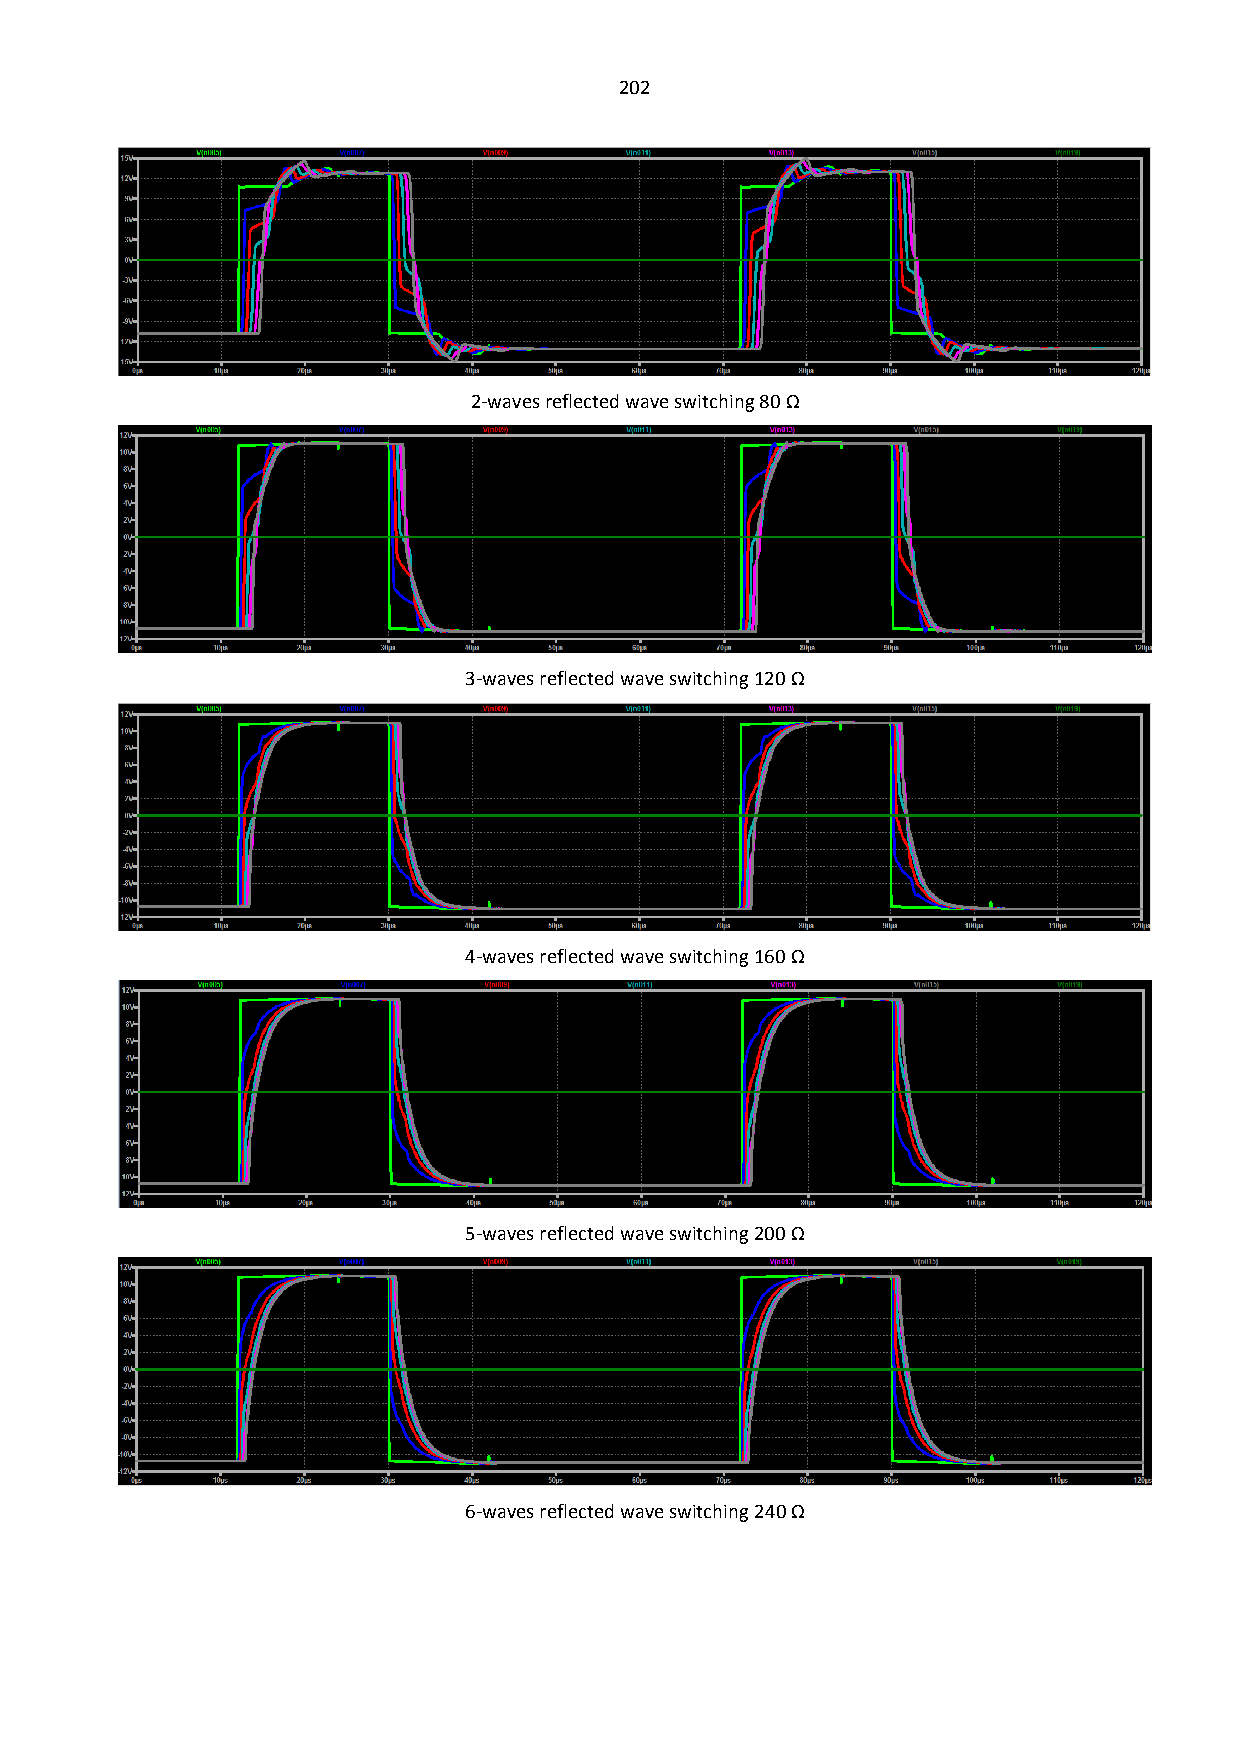
202
 2-waves reflected wave switching 80 Ω
 3-waves reflected wave switching 120 Ω
 4-waves reflected wave switching 160 Ω
 5-waves reflected wave switching 200 Ω
 6-waves reflected wave switching 240 Ω